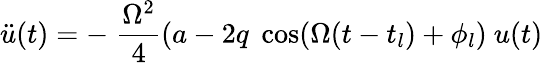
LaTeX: \ddot{u}(t)=-\; \frac{\Omega^{2}}{4}\left(a-2q\; \cos(\Omega(t-t_{l})+\phi_{l}\right)\ u(t)